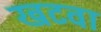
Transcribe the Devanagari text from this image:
खटवा